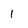
Character: 1